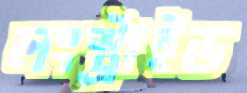
লংস্ট্রাইড